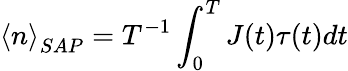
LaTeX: \left\langle n\right\rangle_{SAP}=T^{-1}\int_{0}^{T}J(t)\tau(t)dt